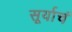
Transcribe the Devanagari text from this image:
सूर्याचं